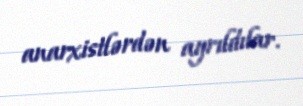
anarxistlərdən ayrıldılar.